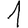
Digit: 1